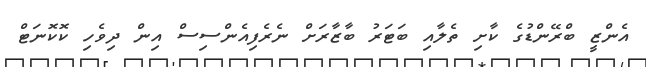
އެންޒީ ބްރޭންޑުގެ ކާށި ތެލާއި ބަޓަރު ބާޒާރަށް ނެރެފިއެންސިސް އިން ދިވެހި ކޮކޮނަޓް